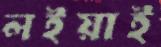
লইয়াই